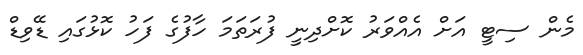
މެން ސިޓީ އަށް އެއްވަރު ކޮށްދިނީ ފުރަތަމަ ހާފުގެ ފަހު ކޮޅުގައި ޑޭވިޑް